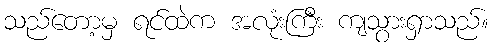
သည်တော့မှ ရင်ထဲက အလုံးကြီး ကျသွားရှာသည်။